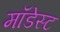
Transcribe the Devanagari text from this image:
मॉडेस्ट